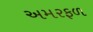
અમરફળ